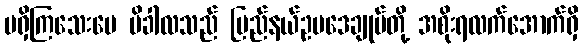
မရှိကြသေးပေ မိခါလသည် ပြည်နယ်ဥပဒေချုပ်တို့ အစိုးရလက်အောက်ရှိ